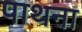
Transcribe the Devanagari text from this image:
पाथना